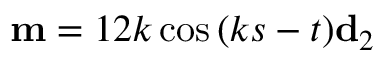
\mathbf { m } = 1 2 k \cos { ( k s - t ) } \mathbf { d } _ { 2 }